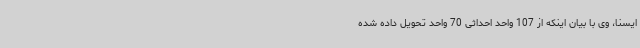
ایسنا، وی با بیان اینکه از 107 واحد احداثی 70 واحد تحویل داده شده